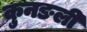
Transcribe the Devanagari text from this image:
कुनङली